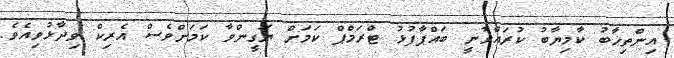
އިންތިޚާބު ކާމިޔާބު ކުރައްވާނީ ބައްޕާފުޅު ޓްރަމްޕް ކަމަށް ޔަގީންވާ ކަމަށްވެސް އެރިކް ވިދާޅުވިއެވެ.